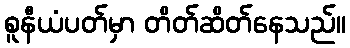
စူနီယံပတ်မှာ တိတ်ဆိတ်နေသည်။